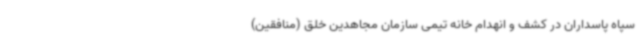
سپاه پاسداران در کشف و انهدام خانه تیمی سازمان مجاهدین خلق (منافقین)